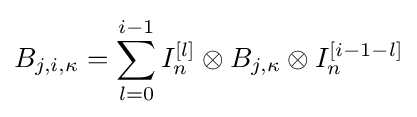
B_{j,i,\kappa }=\sum _{l=0}^{i-1}I_{n}^{[l]}\otimes B_{j,\kappa }\otimes I_{n}^{[i-1-l]}